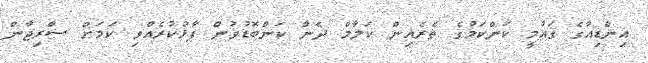
އިންޑިއާގެ ގައުމީ ކަންކަމުގެ ތެރެއިން ކަލާމް ދެން ކަންބޮޑުވުން ފާޅުކުރެއްވި ކަމަށް ސްރިޖާން